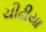
ચીઢીયા